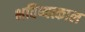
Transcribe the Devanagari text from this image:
भविष्यत्काल